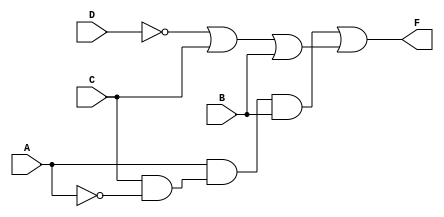
//-----------------------------------------------------------------------------
//
// Title       : 
// Design      : CS302_Fall2022
// Author      : 
// Company     : 
//
//-----------------------------------------------------------------------------
//
// Generated   : Fri Nov 11 21:23:58 2022
// From        : F:\Verilog_Projects\ActHDL_Designs\CS302_Fall2022\CS302_Fall2022\src\Circuit_A.bde
// By          : Bde2Verilog ver. 2.01
//
//-----------------------------------------------------------------------------
//
// Description : 
//
//-----------------------------------------------------------------------------

`ifdef _VCP
`else
`define library(a,b)
`endif


// ---------- Design Unit Header ---------- //
`timescale 1ps / 1ps

module Circuit_A (A,C,D,B,F) ;

// ------------ Port declarations --------- //
input A;
wire A;
input C;
wire C;
input D;
wire D;
input B;
wire B;
output F;
wire F;

// ----------- Signal declarations -------- //
wire a;
wire d;
wire w;
wire x;
wire y;
wire z;

// -------- Component instantiations -------//

assign d = ~(D);


assign x = d | C | B;


assign a = ~(A);


assign y = C & a;


assign z = A & y;


assign w = z & B;


assign F = w | x;


endmodule